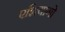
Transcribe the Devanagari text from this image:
एशियागो